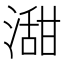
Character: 㵇